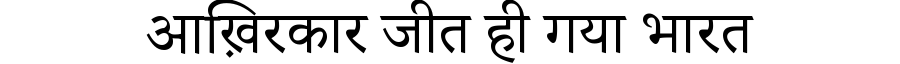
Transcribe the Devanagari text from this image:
आख़िरकार जीत ही गया भारत